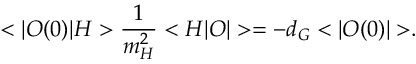
\displaystyle { < | { \cal O } ( 0 ) | H > \frac { 1 } { m _ { H } ^ { 2 } } < H | { \cal O } | > = - d _ { G } < | { \cal O } ( 0 ) | > } .